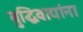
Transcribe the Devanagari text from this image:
बुद्धिवाद्यांना